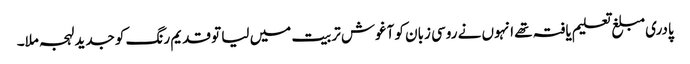
پادری مبلغ تعلیم یافتہ تھے انہوں نے روسی زبان کو آغوش تربیت میں لیا تو قدیم رنگ کو جدید لہجہ ملا۔